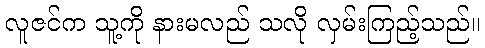
လူဇင်က သူ့ကို နားမလည် သလို လှမ်းကြည့်သည်။